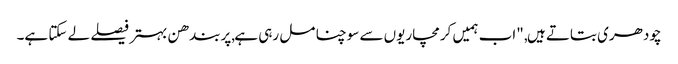
چودھری بتاتے ہیں, "اب ہمیں کرمچاریوں سے سوچنا مل رہی ہے,پربندھن بہتر فیصلے لے سکتا ہے۔